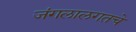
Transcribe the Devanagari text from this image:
जंगलालगतचे